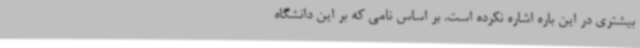
بیشتری در این باره اشاره نکرده است. بر اساس نامی که بر این دانشگاه